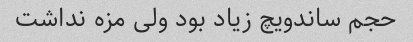
حجم ساندویچ زیاد بود ولی مزه نداشت